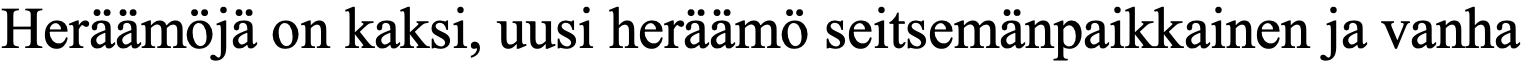
Heräämöjä on kaksi, uusi heräämö seitsemänpaikkainen ja vanha